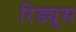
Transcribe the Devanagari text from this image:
रिड्यूस